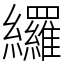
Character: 纙